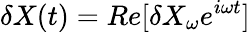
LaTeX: \delta X(t)=Re[\delta X_{\omega}e^{i\omega t}]